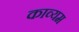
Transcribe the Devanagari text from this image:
काव्यम